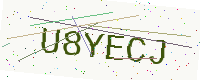
Text: U8YECJ